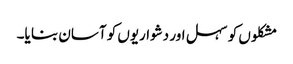
مشکلوں کو سہل اور دشواریوں کو آسان بنا یا۔